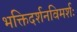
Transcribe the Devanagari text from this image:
भक्तिदर्शनविमर्शः